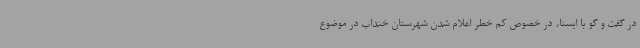
در گفت و گو با ایسنا، در خصوص کم خطر اعلام شدن شهرستان خنداب در موضوع